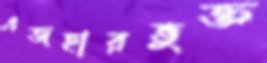
এজহারভুক্ত